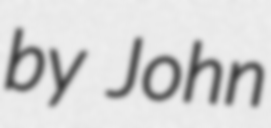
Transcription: by John